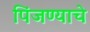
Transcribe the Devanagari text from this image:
पिंजण्याचे